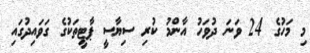
މި މަހުގެ 24 ވަނަ ދުވަހު އާންމު ކުރި ސިޔާސީ ޕާޓީތަކުގެ ގަވައިދުގައި